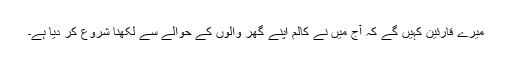
میرے قارئین کہیں گے کہ آج میں نے کالم اپنے گھر والوں کے حوالے سے لکھنا شروع کر دیا ہے۔